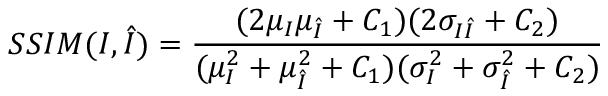
{ S S I M } ( I , \hat { I } ) = \frac { ( 2 \mu _ { I } \mu _ { \hat { I } } + C _ { 1 } ) ( 2 \sigma _ { I \hat { I } } + C _ { 2 } ) } { ( \mu _ { I } ^ { 2 } + \mu _ { \hat { I } } ^ { 2 } + C _ { 1 } ) ( \sigma _ { I } ^ { 2 } + \sigma _ { \hat { I } } ^ { 2 } + C _ { 2 } ) }